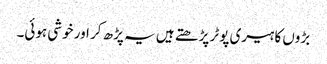
بڑوں کا ہیری پوٹر پڑھتے ہیں یہ پڑھ کر اور خوشی ہوئی۔